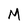
Character: M